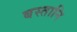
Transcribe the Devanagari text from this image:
बस्तानि